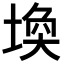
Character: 𪣷